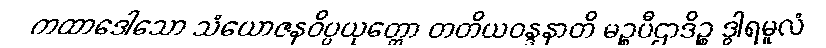
ကထာဒေါသော သံယောဇနဝိပ္ပယုတ္တော တတိယဝန္ဒနာတိ မဉ္စပီဌာဒိဉ္စ ဒွါရမူလံ